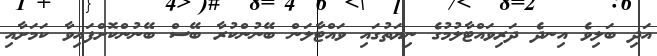
އަދި ބަލިވެ އިނދެ ދަރިވައްޓާލުމުގެ ނިޔަތުގައި ވައްޓާލަން ބޭނުންކުރާ ބޭސް ބޭނުންކޮށްފައިވާ ކަމަށާއި